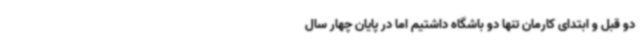
دو قبل و ابتدای کارمان تنها دو باشگاه داشتیم اما در پایان چهار سال